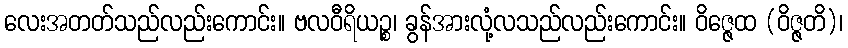
လေးအတတ်သည်လည်းကောင်း။ ဗလဝီရိယဉ္စ၊ ခွန်အားလုံ့လသည်လည်းကောင်း။ ဝိဇ္ဇေထ (ဝိဇ္ဇတိ)၊